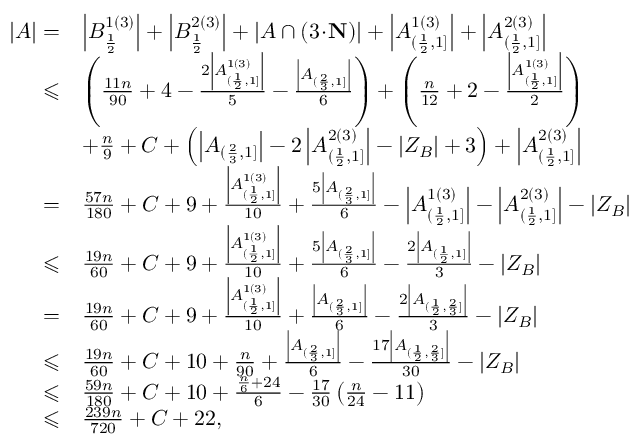
\begin{array} { r l } { | A | = } & { \left| B _ { \frac { 1 } { 2 } } ^ { 1 ( 3 ) } \right| + \left| B _ { \frac { 1 } { 2 } } ^ { 2 ( 3 ) } \right| + \left| A \cap ( 3 \! \cdot \! \mathbf { N } ) \right| + \left| A _ { ( \frac { 1 } { 2 } , 1 ] } ^ { 1 ( 3 ) } \right| + \left| A _ { ( \frac { 1 } { 2 } , 1 ] } ^ { 2 ( 3 ) } \right| } \\ { \leqslant } & { \left( \frac { 1 1 n } { 9 0 } + 4 - \frac { 2 \left| A _ { ( \frac { 1 } { 2 } , 1 ] } ^ { 1 ( 3 ) } \right| } { 5 } - \frac { \left| A _ { ( \frac { 2 } { 3 } , 1 ] } \right| } { 6 } \right) + \left( \frac { n } { 1 2 } + 2 - \frac { \left| A _ { ( \frac { 1 } { 2 } , 1 ] } ^ { 1 ( 3 ) } \right| } { 2 } \right) } \\ & { + \frac { n } { 9 } + C + \left( \left| A _ { ( \frac { 2 } { 3 } , 1 ] } \right| - 2 \left| A _ { ( \frac { 1 } { 2 } , 1 ] } ^ { 2 ( 3 ) } \right| - | Z _ { B } | + 3 \right) + \left| A _ { ( \frac { 1 } { 2 } , 1 ] } ^ { 2 ( 3 ) } \right| } \\ { = } & { \frac { 5 7 n } { 1 8 0 } + C + 9 + \frac { \left| A _ { ( \frac { 1 } { 2 } , 1 ] } ^ { 1 ( 3 ) } \right| } { 1 0 } + \frac { 5 \left| A _ { ( \frac { 2 } { 3 } , 1 ] } \right| } { 6 } - \left| A _ { ( \frac { 1 } { 2 } , 1 ] } ^ { 1 ( 3 ) } \right| - \left| A _ { ( \frac { 1 } { 2 } , 1 ] } ^ { 2 ( 3 ) } \right| - \left| Z _ { B } \right| } \\ { \leqslant } & { \frac { 1 9 n } { 6 0 } + C + 9 + \frac { \left| A _ { ( \frac { 1 } { 2 } , 1 ] } ^ { 1 ( 3 ) } \right| } { 1 0 } + \frac { 5 \left| A _ { ( \frac { 2 } { 3 } , 1 ] } \right| } { 6 } - \frac { 2 \left| A _ { ( \frac { 1 } { 2 } , 1 ] } \right| } { 3 } - | Z _ { B } | } \\ { = } & { \frac { 1 9 n } { 6 0 } + C + 9 + \frac { \left| A _ { ( \frac { 1 } { 2 } , 1 ] } ^ { 1 ( 3 ) } \right| } { 1 0 } + \frac { \left| A _ { ( \frac { 2 } { 3 } , 1 ] } \right| } { 6 } - \frac { 2 \left| A _ { ( \frac { 1 } { 2 } , \frac { 2 } { 3 } ] } \right| } { 3 } - | Z _ { B } | } \\ { \leqslant } & { \frac { 1 9 n } { 6 0 } + C + 1 0 + \frac { n } { 9 0 } + \frac { \left| A _ { ( \frac { 2 } { 3 } , 1 ] } \right| } { 6 } - \frac { 1 7 \left| A _ { ( \frac { 1 } { 2 } , \frac { 2 } { 3 } ] } \right| } { 3 0 } - | Z _ { B } | } \\ { \leqslant } & { \frac { 5 9 n } { 1 8 0 } + C + 1 0 + \frac { \frac { n } { 6 } + 2 4 } { 6 } - \frac { 1 7 } { 3 0 } \left( \frac { n } { 2 4 } - 1 1 \right) } \\ { \leqslant } & { \frac { 2 3 9 n } { 7 2 0 } + C + 2 2 , } \end{array}